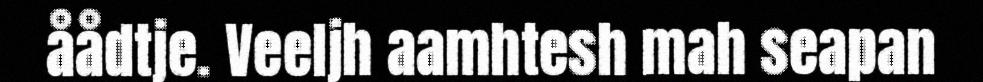
åådtje. Veeljh aamhtesh mah seapan